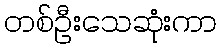
တစ်ဦးသေဆုံးကာ